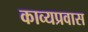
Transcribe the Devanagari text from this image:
काव्यप्रवास